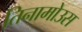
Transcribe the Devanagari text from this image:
तिनामोउस